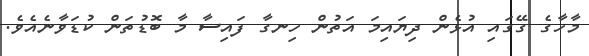
މާހާގެ ގޭގައި އުޅެން ދިޔައިމަ އަތުން ހިނގާ ފައިސާ މާ ބޮޑުތަން ކުޑަވާނެއެވެ.